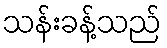
သန်းခန့်သည်